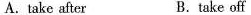
A. take after B. take off